Mental hospitals Bombay report 1921-28 - 1921-1928
Year: 1921
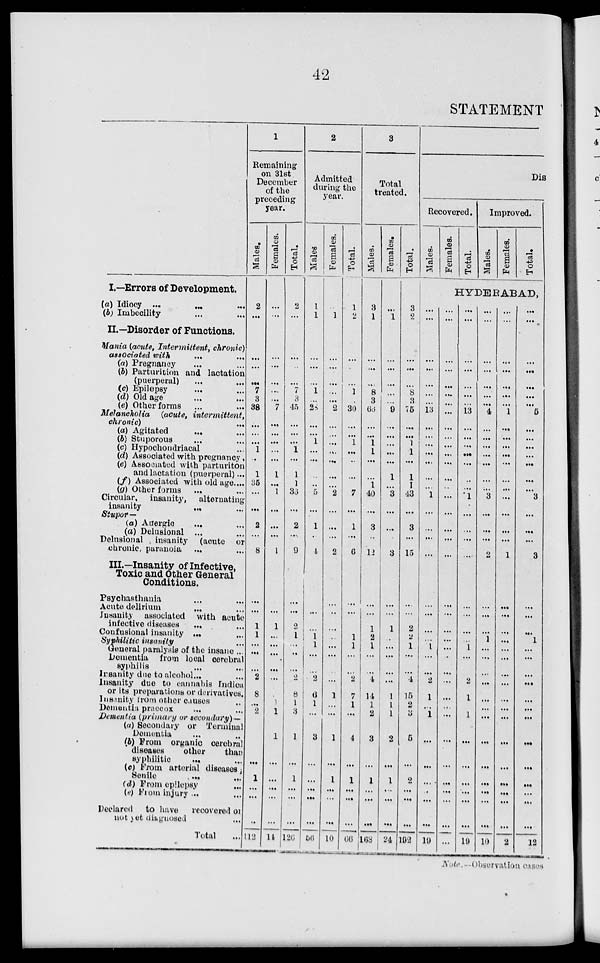
42
STATEMENT
I.—Errors of Development.
(a) Idiocy ...
...
...
(b) Imbecility ... ...
II.—Disorder of Functions.
Mania (acute. Intermittent,
chronic)
associated with ... ...
(a) Pregnancy ... ...
(b) Parturition and lactation
(puerperal) ... ...
(c) Epilepsy ... ...
(d) Old age ... ...
(e) Other forms ... ...
Melancholia
(acute,
intermittent,
chronic) ... ...
(a) Agitated
...
(b) Stuporous ... ...
(c) Hypochondriacal ... ...
(d) Associated with pregnancy ,
(e) Associated with parturiton
and lactation (puerperal) ...
(f) Associated with old age....
(g) Other forms ... ...
Circular,
insanity,
alternating
insanity
Stupor—
(a) Anergic ... ...
(a) Delusional ... ...
Delusional
insanity
(acute or
chronic, paranoia ... ...
III.—Insanity of Infective,
Toxic and Other General
Conditions.
Psychasthania ... ...
Acute delirium
...
Insanity
associated with acute
infectives diseases ... ...
Confusional insanity ... ...
Syphilitic insanity ... ...
General paralysis of the insane ..
Dementia
from local cerebral
syphilis ... ...
Insanity due to alcohol...
Insanity duo to cannabis Indica
or its preparations or derivatives
Insinity from other causes ...
Dementia praecox ... ...
Dementia (primary or secondary)—
(a) Secondary or Terminal
Dementia ... ...
(b) From organic cerebral
diseases
other
than
syphilitic ... ...
(c) From arterial diseases
Senile
...
...
(d) Prom epilepsy ...
(e) From injury ... ...
Declared
to have
recovered or
not yet diagnosed ... ...
Total ...
1
Remaining
on 31st
December
of the
preceding
year.
Males.
2
...
...
...
...
7
3
38
...
...
...
1
..
1
35
...
...
2
...
8
...
...
1
1
...
...
...
2
8
...
2
...
...
1
...
...
...
113
Females.
...
...
...
...
...
....
...
7
...
...
...
...
...
1
...
1
...
...
...
1
...
...
1
...
...
...
...
...
...
1
1
1
...
...
...
...
...
14
Total.
2
...
...
...
...
7
3
45
...
...
...
1
...
1
1
36
...
2
....
9
...
...
2
1
...
...
...
2
8
1
3
1
1
1
...
...
...
126
2
Admitted
during the
year.
Males.
1
1
...
...
...
1
...
28
...
...
1
...
...
...
..
5
...
1
...
4
...
...
...
1
1
...
...
2
6
1
...
3
...
...
...
...
...
56
Females.
...
1
...
...
...
...
...
2
...
...
...
...
...
...
...
2
...
...
...
2
...
...
...
...
...
...
...
...
1
...
...
1
...
1
...
...
...
10
Total.
1
2
...
...
...
1
...
30
...
...
1
...
...
...
...
7
...
1
...
6
...
...
...
1
1
...
...
2
7
1
...
4
...
1
...
...
...
66
3
Total
treated.
Males.
3
1
...
...
...
8
3
66
...
...
1
1
...
...
1
40
...
3
...
12
...
...
1
2
1
...
...
4
14
l
2
3
1
...
...
...
168
Females.
...
1
...
...
...
...
...
9
...
...
...
...
...
1
...
3
...
...
...
3
...
...
1
...
...
...
...
...
1
1
1
2
...
1
...
...
...
24
Total.
3
2
...
...
...
8
3
75
...
...
1
1
...
1
1
43
...
3
...
15
...
...
2
2
1
...
...
4
15
2
3
5
...
2
...
...
...
192
Dis
Recovered.
Males.
Females.
Total.
Improved.
Males.
Females.
Total.
HYDERABAD,
...
...
...
...
...
...
...
13
...
...
...
...
...
...
...
1
...
...
...
...
...
...
...
...
1
...
...
2
1
...
1
...
...
...
...
...
...
19
...
...
...
...
...
...
...
...
...
...
...
...
...
...
...
...
...
...
...
...
...
...
...
...
...
...
...
...
...
...
...
...
...
...
...
...
...
...
...
...
...
...
...
...
...
13
...
...
...
...
...
...
...
1
...
...
...
...
...
...
...
...
1
...
...
2
1
...
1
...
...
...
...
...
...
19
...
...
...
...
...
...
...
4
...
...
...
...
...
...
...
3
...
...
...
2
...
...
...
1
...
...
...
...
...
...
...
...
...
...
...
...
...
10
...
...
...
...
...
...
...
1
...
...
...
...
...
...
...
...
...
...
...
1
...
...
...
...
...
...
...
...
...
...
...
...
...
...
...
...
...
2
...
...
...
...
...
...
...
5
...
...
...
...
...
...
...
3
...
...
...
3
...
...
1
...
...
...
...
...
...
...
...
...
...
...
12
Note.—Observation cases